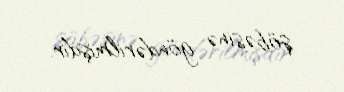
şöbəsinə göndərilmişdir.